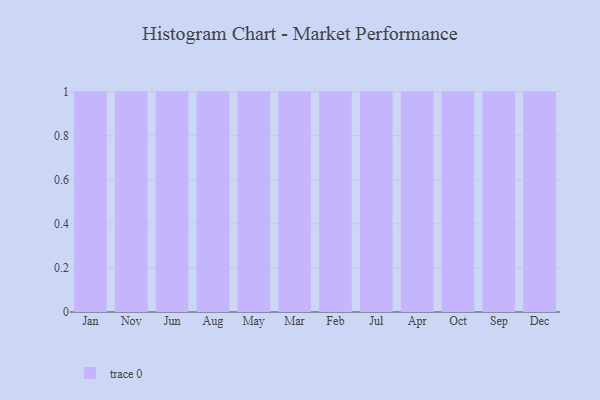
{"axis": {"x": "Month", "y": "Humidity (%)"}, "legend": [""], "data": [{"x": "Jan", "y": 2, "type": ""}, {"x": "Nov", "y": 93, "type": ""}, {"x": "Jun", "y": 56, "type": ""}, {"x": "Aug", "y": 81, "type": ""}, {"x": "May", "y": 57, "type": ""}, {"x": "Mar", "y": 19, "type": ""}, {"x": "Feb", "y": 6, "type": ""}, {"x": "Jul", "y": 25, "type": ""}, {"x": "Apr", "y": 95, "type": ""}, {"x": "Oct", "y": 61, "type": ""}, {"x": "Sep", "y": 95, "type": ""}, {"x": "Dec", "y": 20, "type": ""}]}